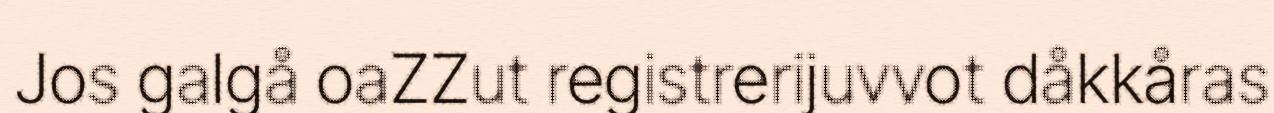
Jos galgå oaZZut registrerijuvvot dåkkåras